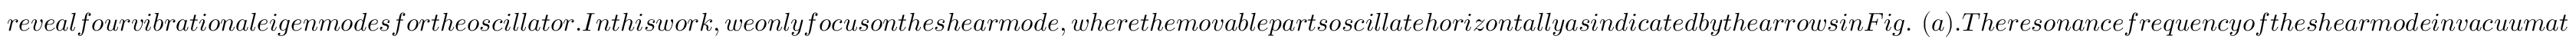
r e v e a l f o u r v i b r a t i o n a l e i g e n m o d e s f o r t h e o s c i l l a t o r . I n t h i s w o r k , w e o n l y f o c u s o n t h e s h e a r m o d e , w h e r e t h e m o v a b l e p a r t s o s c i l l a t e h o r i z o n t a l l y a s i n d i c a t e d b y t h e a r r o w s i n F i g . ~ ( a ) . T h e r e s o n a n c e f r e q u e n c y o f t h e s h e a r m o d e i n v a c u u m a t